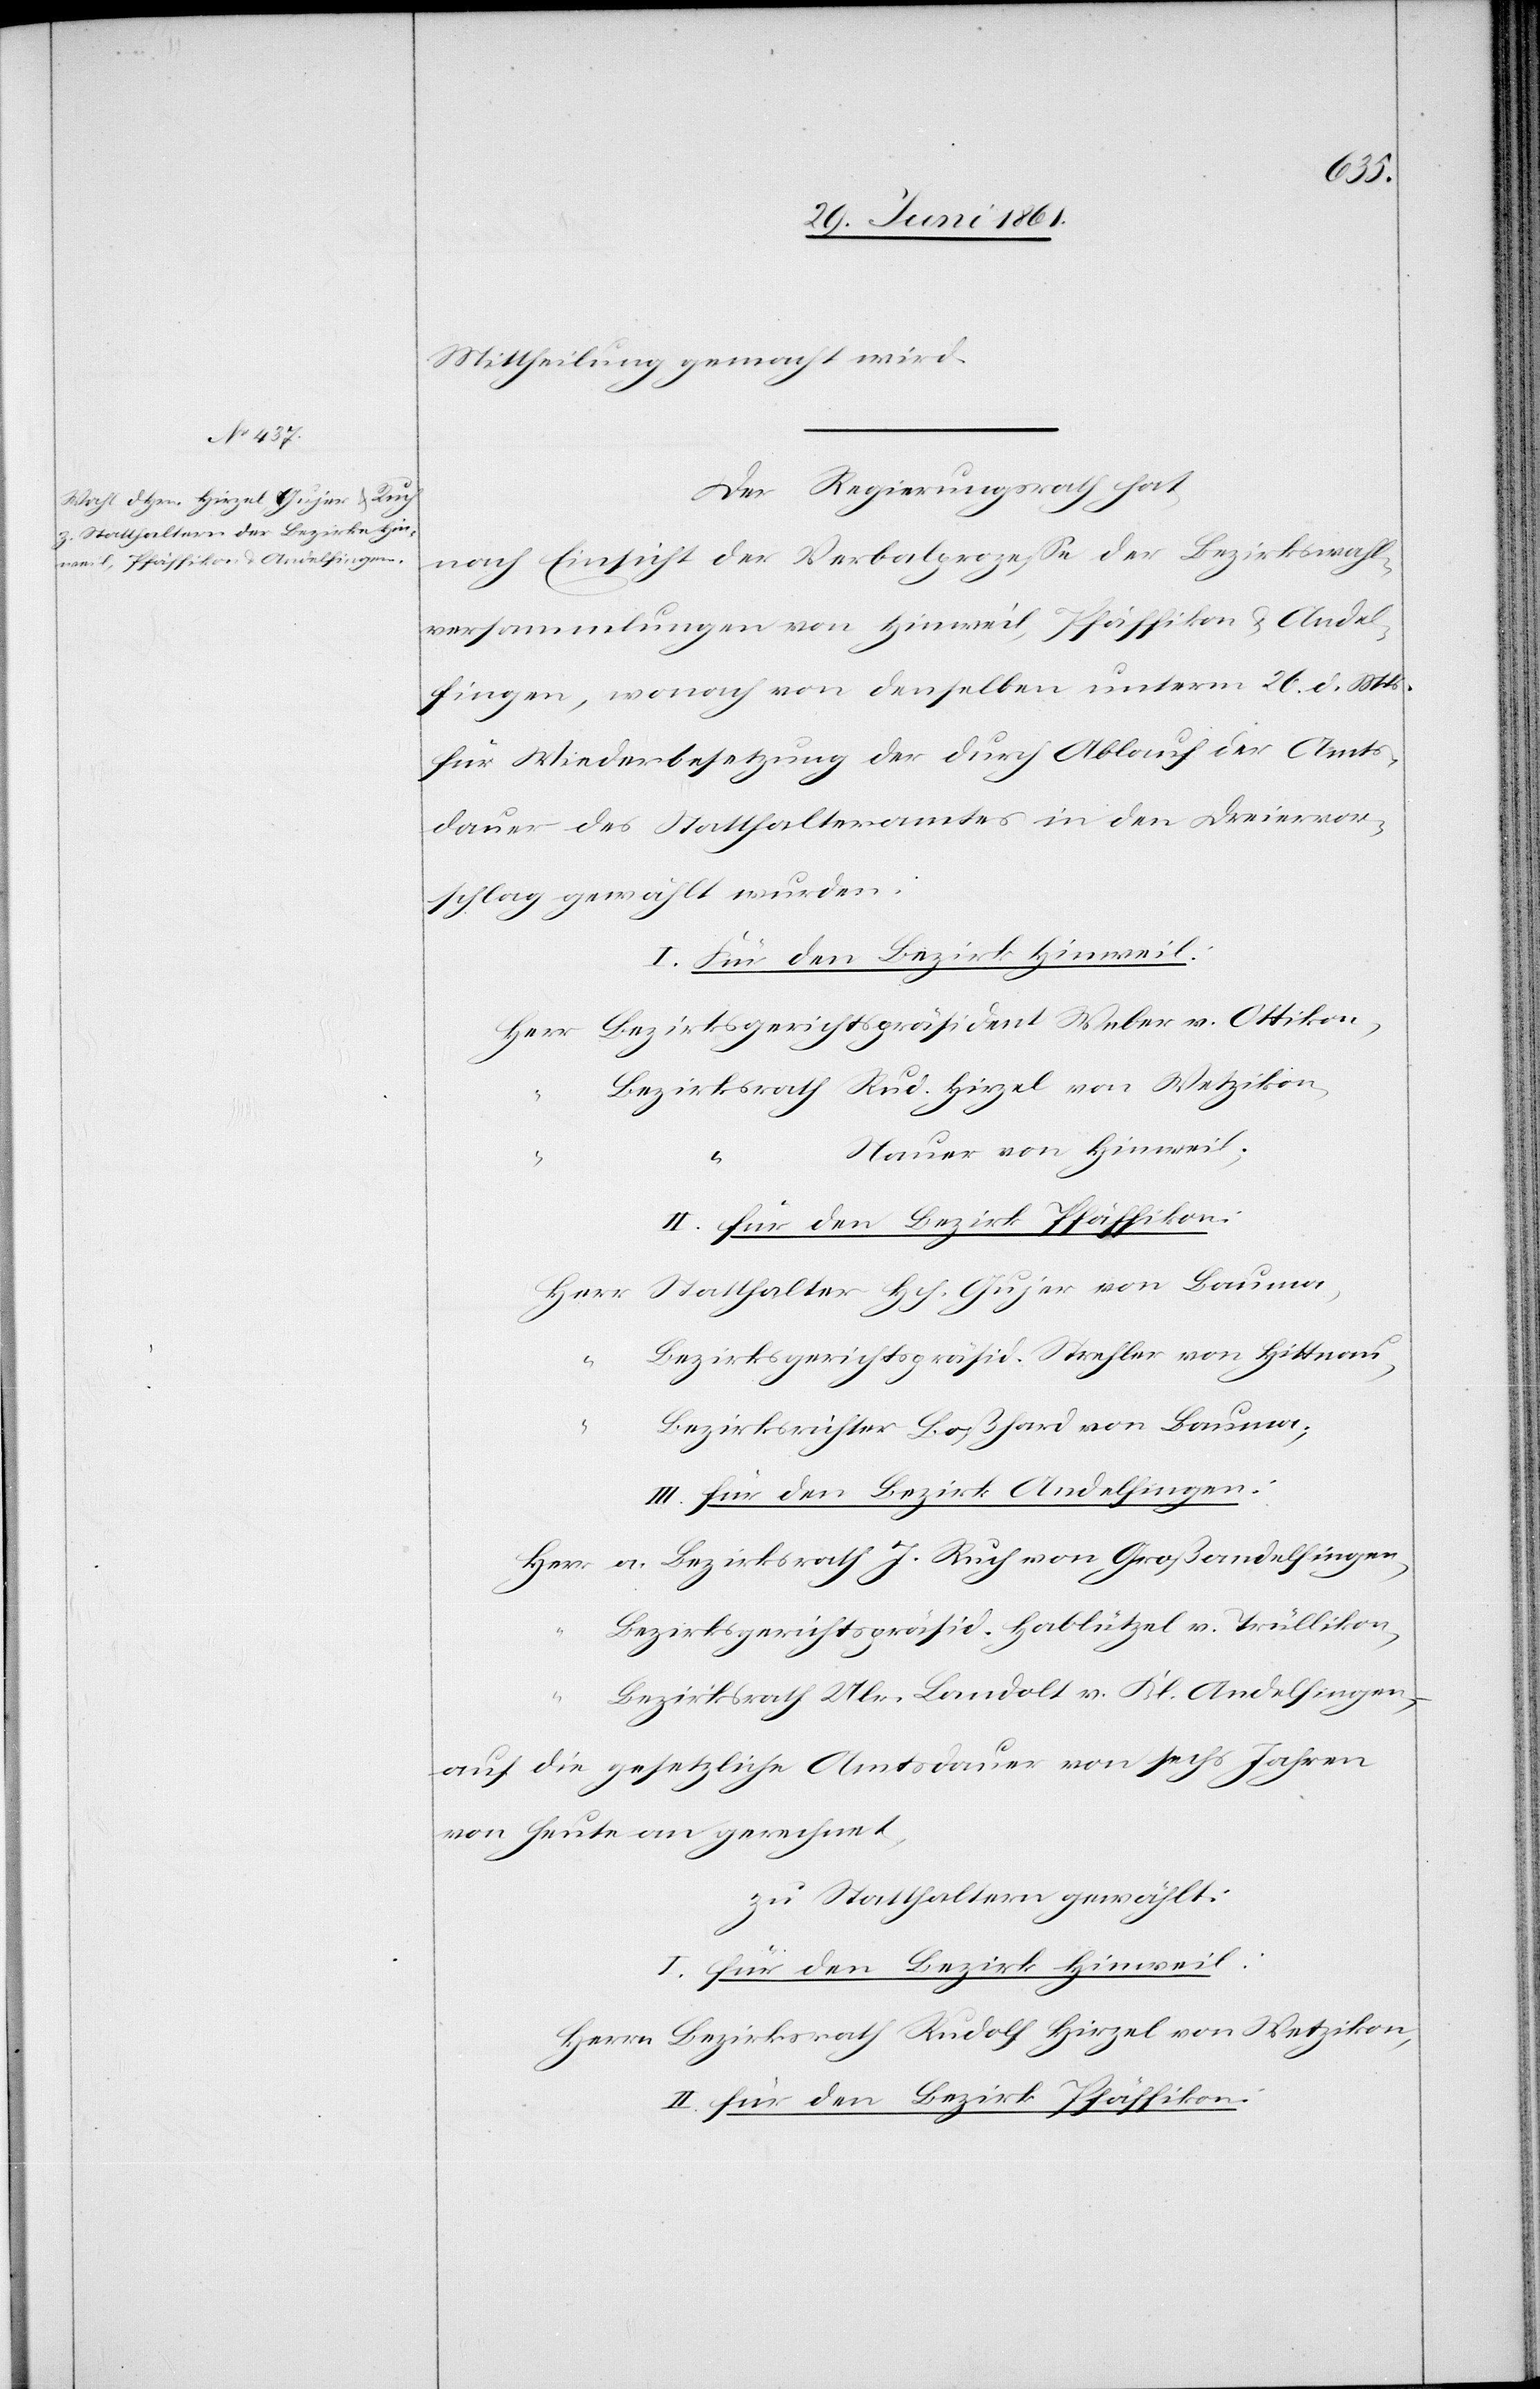
Rud.
Mittheilung gemacht wird.
Der Regierungsrath hat,
nach Einsicht der Verbalprozesse der Bezirkswahl¬
versammlungen von Hinweil, Pfäffikon u. Andel¬
fingen, wonach von denselben unterm 26. d. Mts.
für Wiederbesetzung der durch Ablauf der Amts¬
dauer des Statthalteramtes in den Dreiervor¬
schlag gewählt wurden:
Nauer von Hinweil.
v.
Statthalter Hch. Gujer von Bauma,
Bezirksgerichtspräsid. Strehler von Hittnau,
Bezirksrichter Boßhard von Bauma,
III. für den Bezirk Andelfingen:
a. Bezirksrath J. Ruch von Großandelfingen,
Bezirksgerichtspräsid. Hablützel v. Trüllikon,
Bezirksrath Ulr. Landolt v. Kl. Andelfingen.
auf die gesetzliche Amtsdauer von sechs Jahren
von heute an gerechnet,
zu Statthaltern gewählt.
I. für den Bezirk Hinweil:
Herrn Bezirksrath Rudolf Hirzel von Wetzikon,
II. für den Bezirk Pfäffikon: